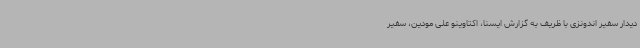
دیدار سفیر اندونزی با ظریف به گزارش ایسنا، اکتاوینو علی مودین، سفیر